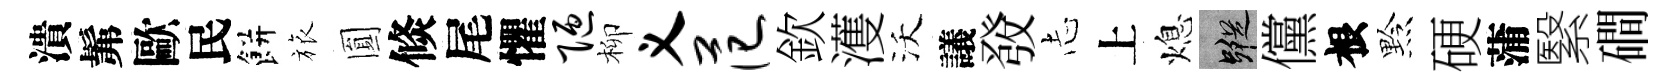
潰髴歐民餅旅圎倐尾懼陋柳义范欽濩沃議𤼲𢖽上熄蹤儻根黔硬蒲繄磵